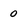
Character: 0